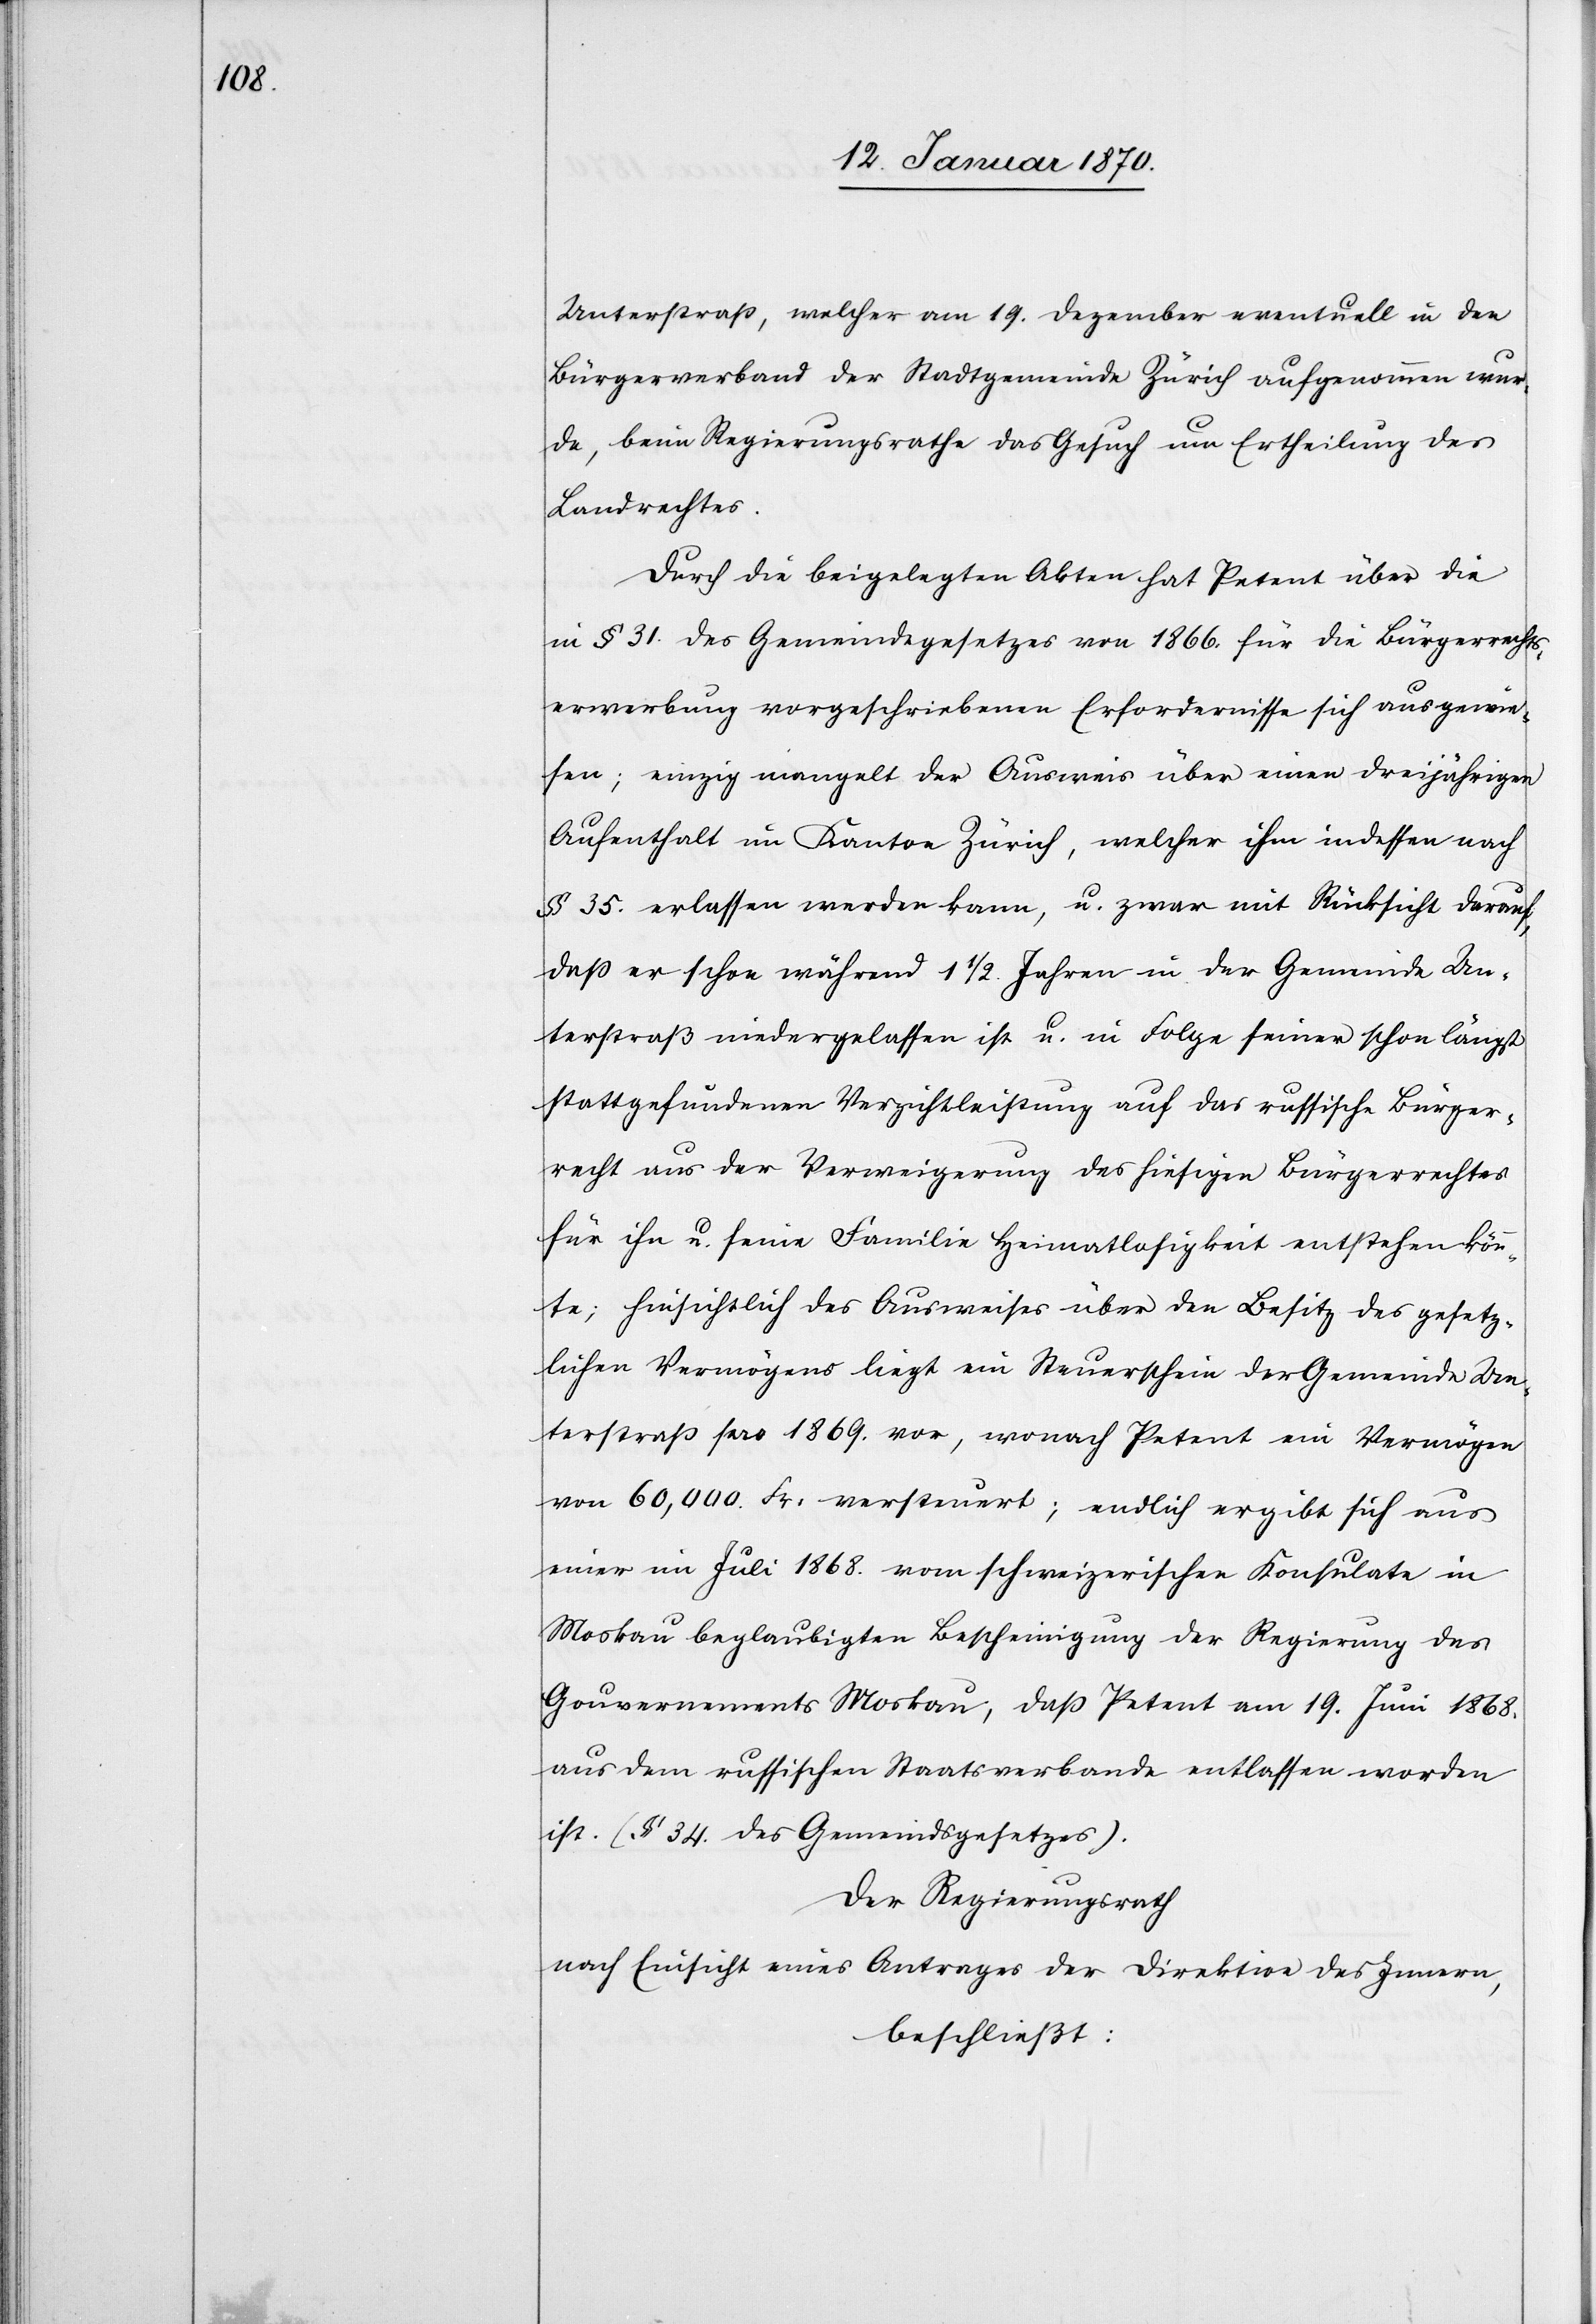
Unterstraß, welcher am 19. Dezember eventuell in den
Bürgerverband der Stadtgemeinde Zürich aufgenommen wur¬
de, beim Regierungsrathe das Gesuch um Ertheilung des
Landrechtes.
Durch die beigelegten Akten hat Petent über die
in § 31. des Gemeindegesetzes von 1866. für die Bürgerrechts¬
erwerbung vorgeschriebenen Erfordernisse sich ausgewie¬
sen; einzig mangelt der Ausweis über einen dreijährigen
Aufenthalt im Kanton Zürich, welcher ihm indessen nach
§ 35. erlassen werden kann, u. zwar mit Rücksicht darauf,
daß er schon während 1 1/2 Jahren in der Gemeinde Un¬
terstraß niedergelassen ist. u. in Folge seiner schon längst
stattgefundenen Verzichtleistung auf das russische Bürger¬
recht aus der Verweigerung des hiesigen Bürgerrechtes
für ihn u. seine Familie Heimatlosigkeit entstehen könn¬
te; hinsichtlich des Ausweises über den Besitz des gesetz¬
lichen Vermögens liegt ein Steuerschein der Gemeinde Un¬
terstraß pro 1869. vor, wonach Petent ein Vermögen
von 60,000. Fr. versteuert; endlich ergibt sich aus
einer im Juli 1868. vom schweizerischen Konsulate in
Moskau beglaubigten Bescheinigung der Regierung des
Gouvernements Moskau, daß Petent am 19. Juni 1868.
aus dem russischen Staatsverbande entlassen worden
ist. (§ 34. des Gemeindsgesetzes).
Der Regierungsrath
nach Einsicht eines Antrages der Direktion des Innern,
beschließt: